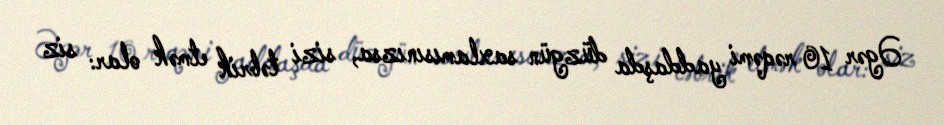
Əgər 10 rəqəmi yaddaşda düzgün saxlamısınızsa, sizi təbrik etmək olar: siz